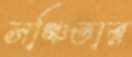
সঞ্চিতার